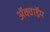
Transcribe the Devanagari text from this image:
ॲक्वाडॅम